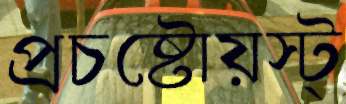
প্রচষ্টোয়স্ট্